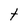
Character: t